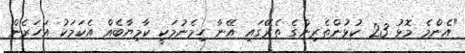
"އެންމެ މޮޅު 23 ކުޅުންތެރިންގެ ތެރޭގައި އޭނާ ހިމެނުމަކީ ކާމިޔާބެއް އެކަމަކު އަހަރެން